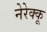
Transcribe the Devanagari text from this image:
नेरेक्कू